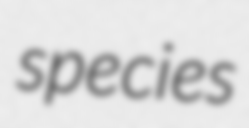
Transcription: species